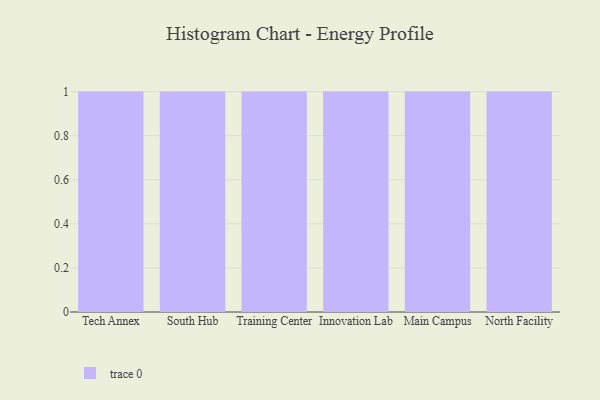
{"axis": {"x": "Campus", "y": "LTV (USD)"}, "legend": [""], "data": [{"x": "Tech Annex", "y": 66, "type": ""}, {"x": "South Hub", "y": 71, "type": ""}, {"x": "Training Center", "y": 98, "type": ""}, {"x": "Innovation Lab", "y": 39, "type": ""}, {"x": "Main Campus", "y": 10, "type": ""}, {"x": "North Facility", "y": 36, "type": ""}]}